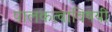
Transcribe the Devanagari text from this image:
पालकत्वाविषयी